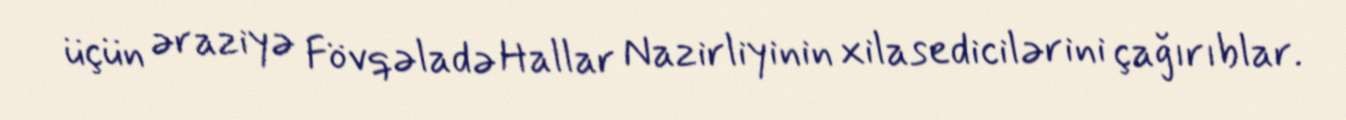
üçün əraziyə Fövqəladə Hallar Nazirliyinin xilasedicilərini çağırıblar.